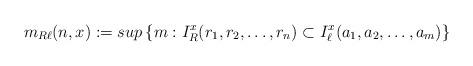
LaTeX: \begin{align*} m_{R{\ell}} (n,x) := sup\left\{ m: I^x_{R} (r_1, r_2, \ldots, r_n ) \subset I^x_{\ell} (a_1, a_2, \ldots, a_m ) \right\}\end{align*}